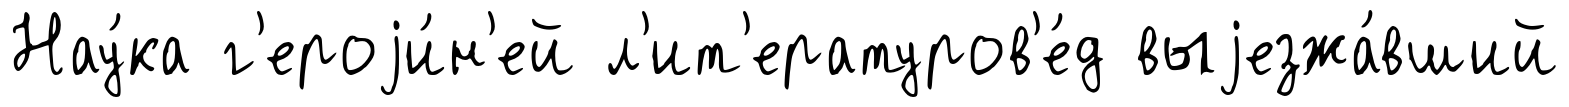
Нау́ка г'ероjи́н'ей л'ит'ературов'е́д выjезжа́вший